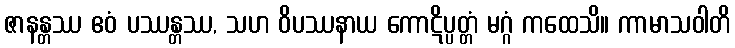
ဇာနန္တဿ ဧဝံ ပဿန္တဿ, သဟ ဝိပဿနာယ ကောဋိပ္ပတ္တံ မဂ္ဂံ ကထေသိ။ ကာမာသဝါတိ